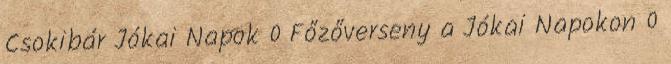
Csokibár Jókai Napok 0 Főzőverseny a Jókai Napokon 0